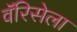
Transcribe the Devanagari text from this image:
वॅरिसेला